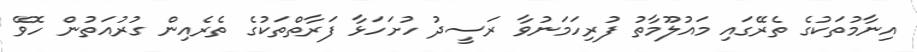
އިނާމުތަކުގެ ތެރޭގައި މައުލޫމާތު ފުރިހަމަނުވާ ރަސީދު ހުށަހަޅާ ފަރާތްތަކުގެ ތެރެއިން ގުރުއަތުން ހޮވޭ